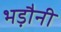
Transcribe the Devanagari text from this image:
भड़ौनी